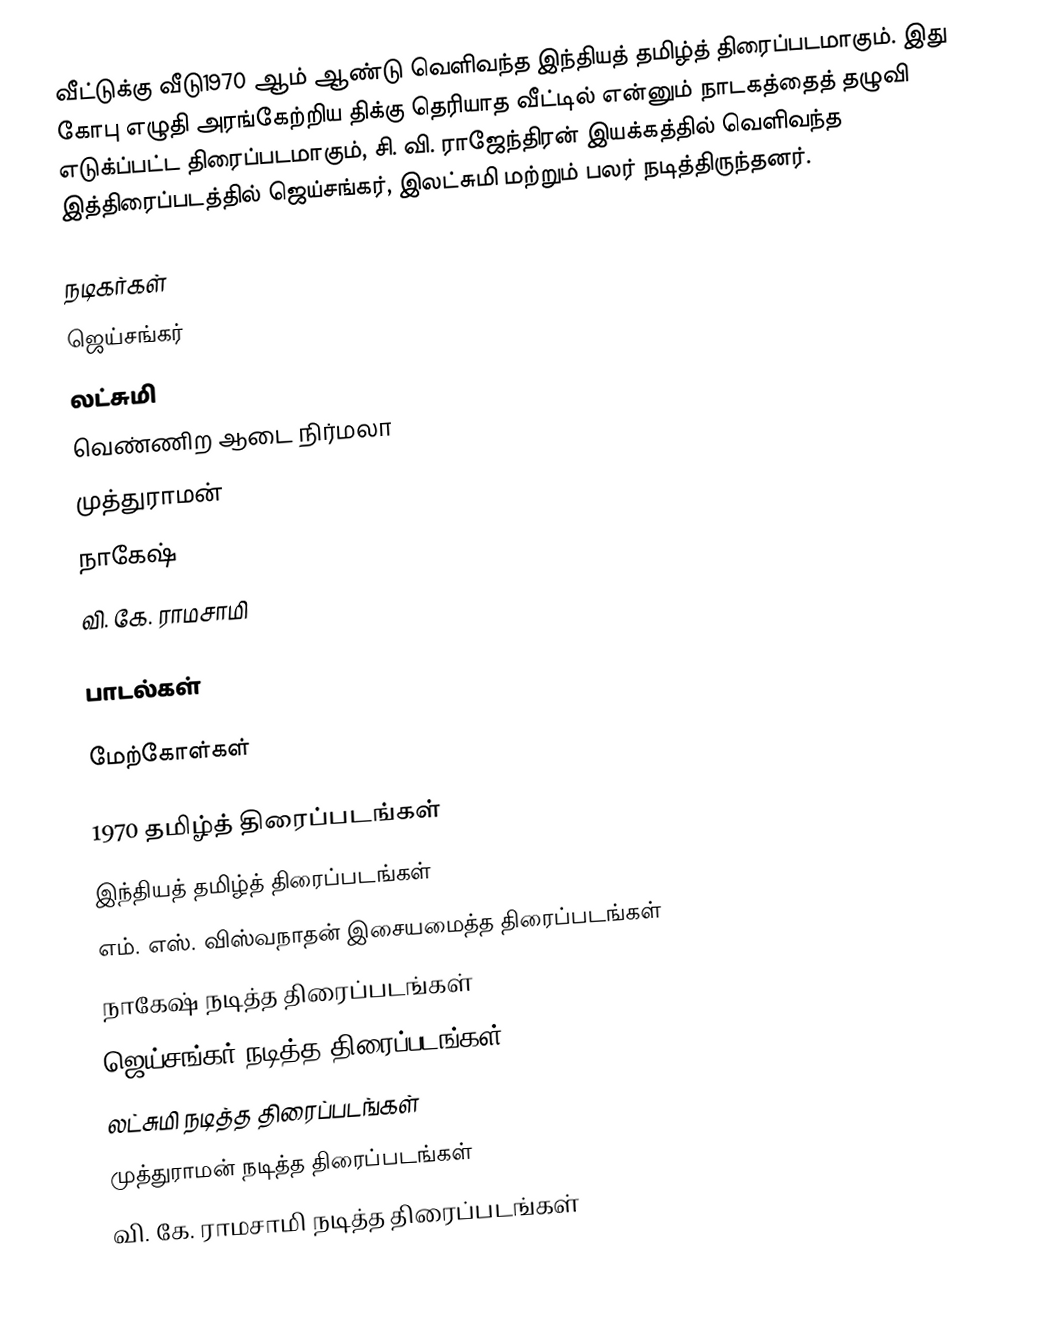
வீட்டுக்கு வீடு1970 ஆம் ஆண்டு வெளிவந்த இந்தியத் தமிழ்த் திரைப்படமாகும். இது கோபு எழுதி அரங்கேற்றிய திக்கு தெரியாத வீட்டில் என்னும் நாடகத்தைத் தழுவி எடுக்ப்பட்ட திரைப்படமாகும்,  சி. வி. ராஜேந்திரன் இயக்கத்தில் வெளிவந்த இத்திரைப்படத்தில் ஜெய்சங்கர், இலட்சுமி மற்றும் பலர் நடித்திருந்தனர்.

நடிகர்கள்
ஜெய்சங்கர்
லட்சுமி
வெண்ணிற ஆடை நிர்மலா
முத்துராமன்
நாகேஷ்
வி. கே. ராமசாமி

பாடல்கள்

மேற்கோள்கள்

1970 தமிழ்த் திரைப்படங்கள்
இந்தியத் தமிழ்த் திரைப்படங்கள்
எம். எஸ். விஸ்வநாதன் இசையமைத்த திரைப்படங்கள்
நாகேஷ் நடித்த திரைப்படங்கள்
ஜெய்சங்கர் நடித்த திரைப்படங்கள்
லட்சுமி நடித்த திரைப்படங்கள்
முத்துராமன் நடித்த திரைப்படங்கள்
வி. கே. ராமசாமி நடித்த திரைப்படங்கள்